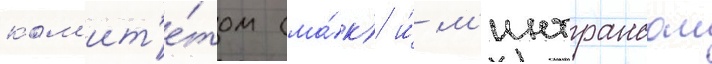
ком'ит'е́том (ма́к) и́ м'интрансом